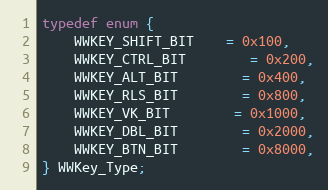
Language: C
typedef enum {
	WWKEY_SHIFT_BIT	= 0x100,
	WWKEY_CTRL_BIT		= 0x200,
	WWKEY_ALT_BIT		= 0x400,
	WWKEY_RLS_BIT		= 0x800,
	WWKEY_VK_BIT		= 0x1000,
	WWKEY_DBL_BIT		= 0x2000,
	WWKEY_BTN_BIT		= 0x8000,
} WWKey_Type;